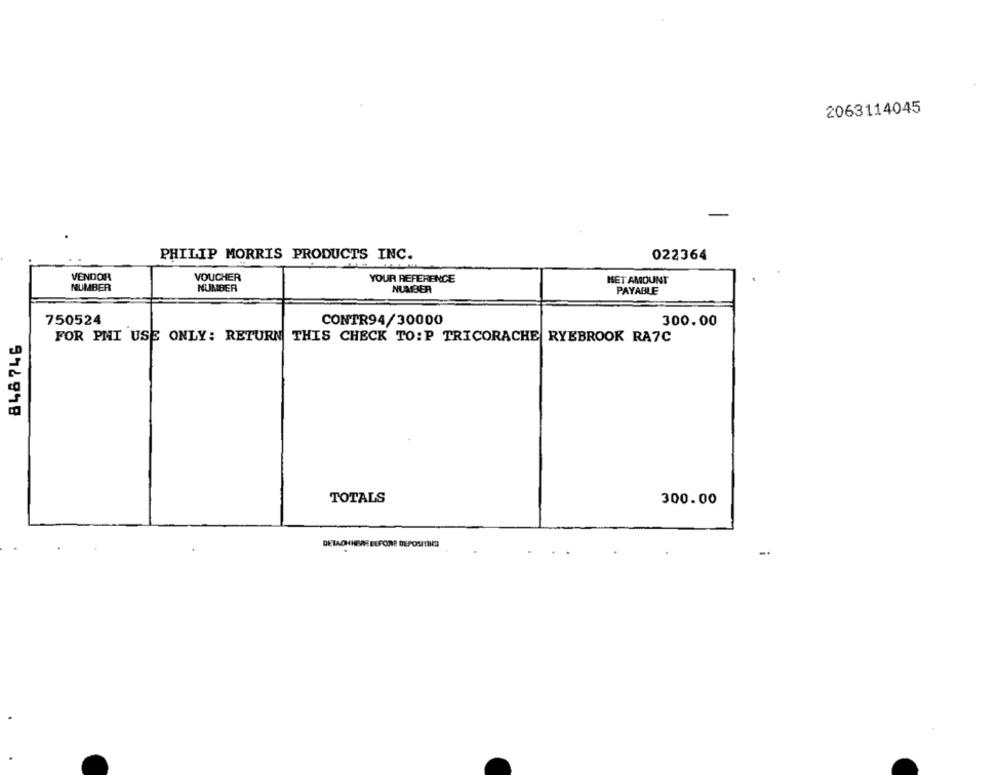
2063114045
PHILIP MORRIS PRODUCTS INC.
022364
VENDOR
VOUCHER
YOUR REFERENCE
NET AMOUNT
NUMBER
NUMBER
NUMBER
PAYABLE
750524
CONTR94/30000
300.00
848746
FOR PHI USE ONLY: RETURN THIS CHECK TO: P TRICORACHE RYEBROOK RA7C
TOTALS
300.00